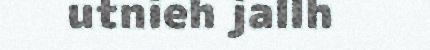
utnieh jallh